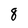
Character: 8